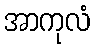
အာကုလံ